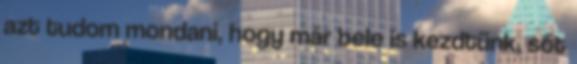
azt tudom mondani, hogy már bele is kezdtünk, sőt